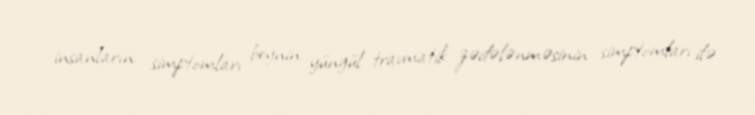
insanların simptomları beynin yüngül travmatik zədələnməsinin simptomları ilə